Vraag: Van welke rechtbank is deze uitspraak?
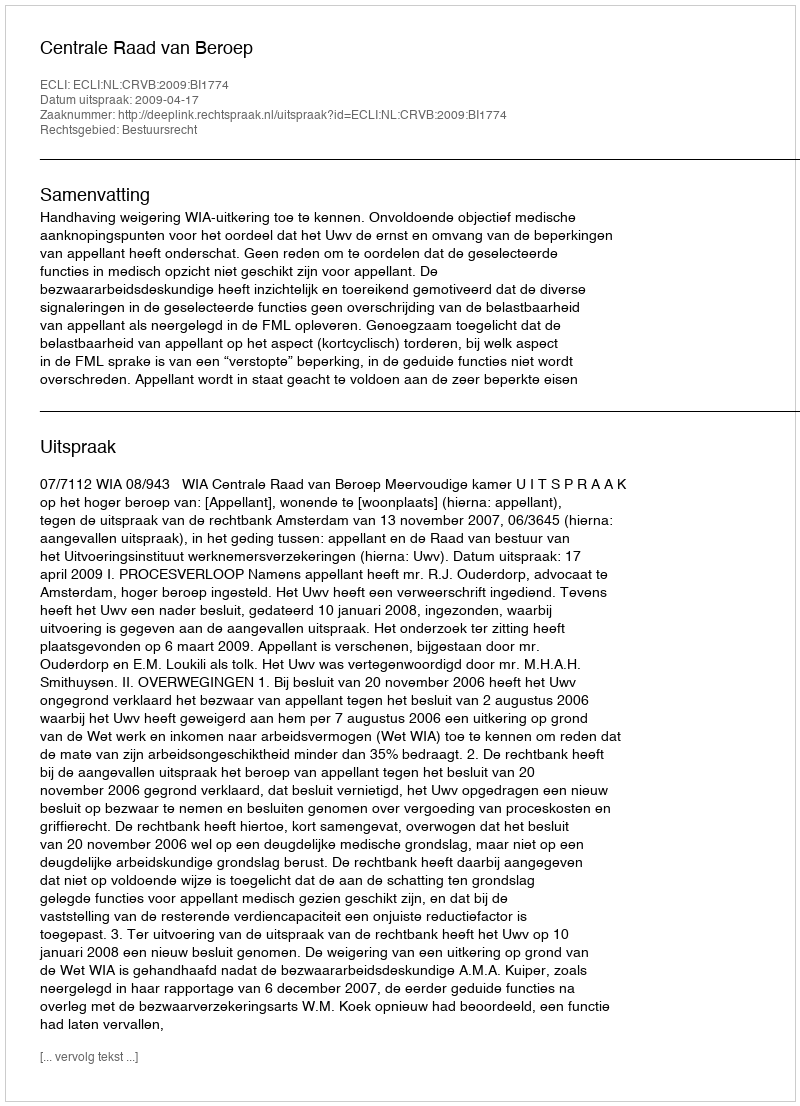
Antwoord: Centrale Raad van Beroep